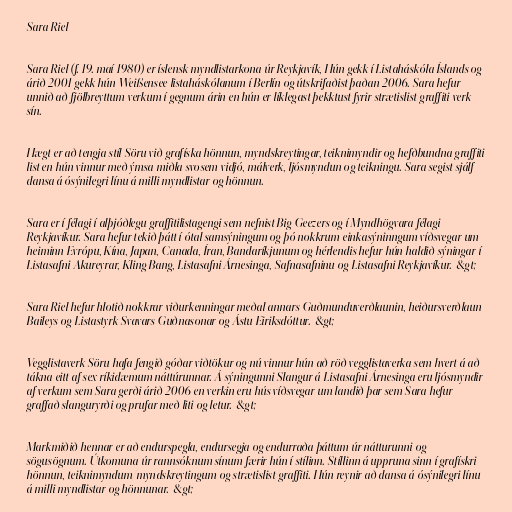
Sara Riel

Sara Riel (f. 19. maí 1980) er íslensk myndlistarkona úr Reykjavík, Hún gekk í Listaháskóla Íslands og
árið 2001 gekk hún Weißensee listaháskólanum í Berlín og útskrifaðist þaðan 2006. Sara hefur
unnið að fjölbreyttum verkum í gegnum árin en hún er líklegast þekktust fyrir strætislist/graffiti verk
sín.

Hægt er að tengja stíl Söru við grafíska hönnun, myndskreytingar, teiknimyndir og hefðbundna graffiti
list en hún vinnur með ýmsa miðla svosem vidjó, málverk, ljósmyndun og teikningu. Sara segist sjálf
dansa á ósýnilegri línu á milli myndlistar og hönnun.

Sara er í félagi í alþjóðlegu graffitilistagengi sem nefnist Big Geezers og í Myndhögvara félagi
Reykjavíkur. Sara hefur tekið þátt í ótal samsýningum og þó nokkrum einkasýninngum víðsvegar um
heiminn Evrópu, Kína, Japan, Canada, Íran, Bandaríkjunum og hérlendis hefur hún haldið sýningar í
Listasafni Akureyrar, Kling Bang, Listasafni Árnesinga, Safnasafninu og Listasafni Reykjavíkur.-&gt;

Sara Riel hefur hlotið nokkrar viðurkenningar meðal annars Guðmunduverðlaunin, heiðursverðlaun
Baileys og Listastyrk Svavars Guðnasonar og Ástu Eiriksdóttur.-&gt;

Vegglistaverk Söru hafa fengið góðar viðtökur og nú vinnur hún að röð vegglistaverka sem hvert á að
tákna eitt af sex ríkidæmum náttúrunnar. Á sýningunni Slangur á Listasafni Árnesinga eru ljósmyndir
af verkum sem Sara gerði árið 2006 en verkin eru hús víðsvegar um landið þar sem Sara hefur
graffað slanguryrði og prufar með liti og letur.-&gt;

Markmiðið hennar er að endurspegla, endursegja og endurraða þáttum úr nátturunni og
sögusögnum. Útkomuna úr rannsóknum sínum færir hún í stílinn. Stíllinn á uppruna sinn í grafískri
hönnun, teiknimyndum/myndskreytingum og strætislist/graffiti. Hún reynir að dansa á ósýnilegri línu
á milli myndlistar og hönnunar.-&gt;